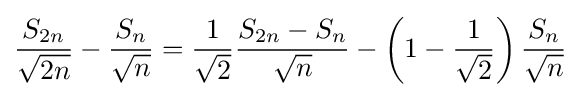
{\frac {S_{2n}}{\sqrt {2n}}}-{\frac {S_{n}}{\sqrt {n}}}={\frac {1}{\sqrt {2}}}{\frac {S_{2n}-S_{n}}{\sqrt {n}}}-\left(1-{\frac {1}{\sqrt {2}}}\right){\frac {S_{n}}{\sqrt {n}}}